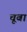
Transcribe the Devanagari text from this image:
चूबा